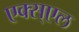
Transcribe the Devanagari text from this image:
एक्स्एल